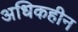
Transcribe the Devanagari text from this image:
अधिकहीन